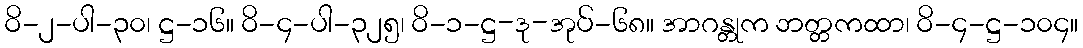
ဝိ-၂-ပါ-၃၀၊ ဋ္ဌ-၁၆။ ဝိ-၄-ပါ-၃၂၅၊ ဝိ-၁-ဋ္ဌ-ဒု-အုပ်-၆၈။ အာဂန္တုက ဘတ္တကထာ၊ ဝိ-၄-ဋ္ဌ-၁၀၄။